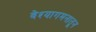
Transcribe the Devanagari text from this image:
वेश्यागमनातून